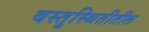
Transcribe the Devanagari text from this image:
वस्तुस्थितीतील